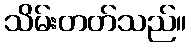
သိမ်းတတ်သည်။